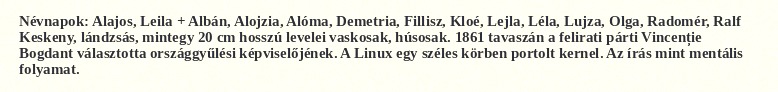
Névnapok: Alajos, Leila + Albán, Alojzia, Alóma, Demetria, Fillisz, Kloé, Lejla, Léla, Lujza, Olga, Radomér, Ralf Keskeny, lándzsás, mintegy 20 cm hosszú levelei vaskosak, húsosak. 1861 tavaszán a felirati párti Vincenție Bogdant választotta országgyűlési képviselőjének. A Linux egy széles körben portolt kernel. Az írás mint mentális folyamat.